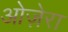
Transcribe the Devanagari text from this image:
ओज़ेरा